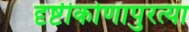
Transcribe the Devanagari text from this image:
दृष्टीकोणापुरत्या